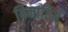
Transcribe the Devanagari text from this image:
बिमारियँ